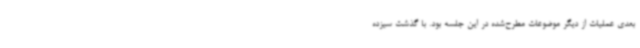
بعدی عملیات از دیگر موضوعات مطرح‌شده در این جلسه بود. با گذشت سیزده